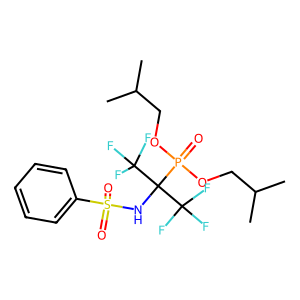
SMILES: CC(C)COP(=O)(OCC(C)C)C(NS(=O)(=O)c1ccccc1)(C(F)(F)F)C(F)(F)F
Inhibits HIV replication: No